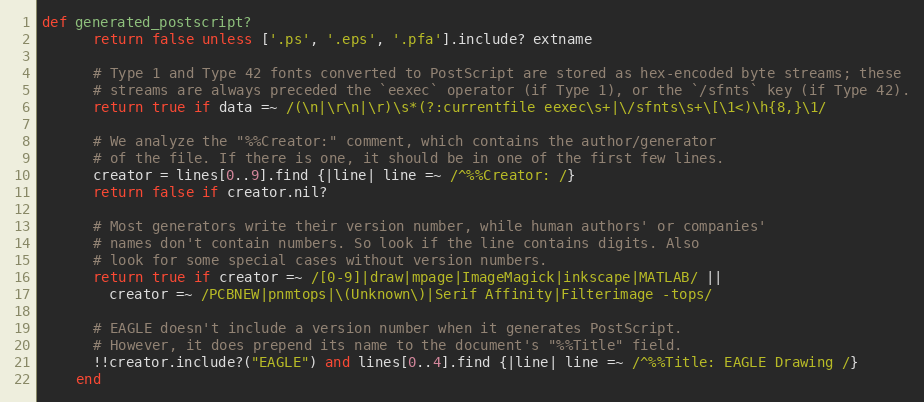
Language: Ruby
def generated_postscript?
      return false unless ['.ps', '.eps', '.pfa'].include? extname

      # Type 1 and Type 42 fonts converted to PostScript are stored as hex-encoded byte streams; these
      # streams are always preceded the `eexec` operator (if Type 1), or the `/sfnts` key (if Type 42).
      return true if data =~ /(\n|\r\n|\r)\s*(?:currentfile eexec\s+|\/sfnts\s+\[\1<)\h{8,}\1/

      # We analyze the "%%Creator:" comment, which contains the author/generator
      # of the file. If there is one, it should be in one of the first few lines.
      creator = lines[0..9].find {|line| line =~ /^%%Creator: /}
      return false if creator.nil?

      # Most generators write their version number, while human authors' or companies'
      # names don't contain numbers. So look if the line contains digits. Also
      # look for some special cases without version numbers.
      return true if creator =~ /[0-9]|draw|mpage|ImageMagick|inkscape|MATLAB/ ||
        creator =~ /PCBNEW|pnmtops|\(Unknown\)|Serif Affinity|Filterimage -tops/

      # EAGLE doesn't include a version number when it generates PostScript.
      # However, it does prepend its name to the document's "%%Title" field.
      !!creator.include?("EAGLE") and lines[0..4].find {|line| line =~ /^%%Title: EAGLE Drawing /}
    end